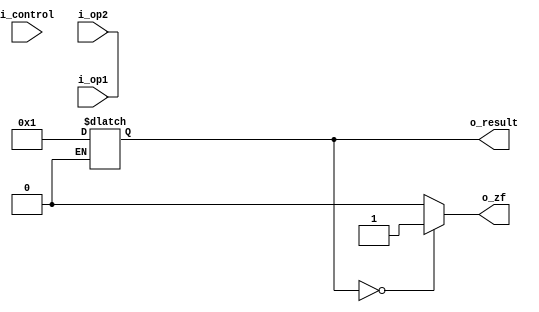
module alu(i_op1, i_op2, i_control, o_result, o_zf);

localparam AND = 4'b0000, OR = 4'b0001, ADD = 4'b0010;
localparam SUB = 4'b0110, SOLT = 4'b0111, NOR = 4'b1100; //SOLT - Set On Less then
  
input       [31:0]  i_op1, i_op2;
input       [3:0]   i_control;
output  reg [31:0]  o_result;
output  reg            o_zf;

reg [31:0]  i_op1_r, i_op2_r;
reg [3:0] i_control_r;

initial
begin
#0
i_op1_r = 1;
i_op2_r = 1;

#50 i_control_r=0;
#50 i_control_r=1;
#50 i_control_r=2;
#50 i_control_r=6;
#50 i_control_r=7;
#50 i_control_r=12;
#50 i_control_r=16;

end 

assign {i_op1, i_op2, i_control} ={i_op1_r, i_op2_r, i_control_r};

always @(*)
    begin
		case (i_control)
			4'b0000: // AND
				o_result <= i_op1 & i_op2;
			4'b0001: // OR
				o_result <= i_op1 | i_op2;
		        4'b0010: // ADD
				o_result <= i_op1 + i_op2;
			4'b0110: // SUB
				o_result <= i_op1 - i_op2;
			4'b0111: begin // SOLT
				if (i_op1[31] != i_op2[31]) begin
					if (i_op1[31] > i_op2[31]) begin
						o_result <= 1;
					end else begin
						o_result <= 0;
					end
				end else begin
					if (i_op1 < i_op2)
					begin
						o_result <= 1;
					end
					else
					begin
						o_result <= 0;
					end
				end
			end
			4'b1100: // NOR
				o_result <= ~(i_op1 | i_op2);
		endcase
	end


	always @(o_result) begin
		if (o_result == 0) begin
			o_zf <= 1;
		end else begin
			o_zf <= 0;
		end
	
	end

endmodule